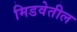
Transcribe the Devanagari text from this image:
मिडवेतील